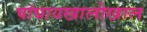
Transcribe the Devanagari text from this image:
षांघायखालोखाल